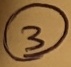
Text: 3